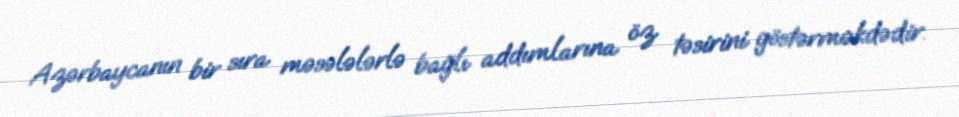
Azərbaycanın bir sıra məsələlərlə bağlı addımlarına öz təsirini göstərməkdədir.